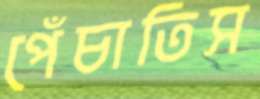
পেঁচাতিস